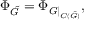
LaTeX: \Phi _ { \tilde { G } } = \Phi _ { G \mid _ { C ( \tilde { G } ) } } ,